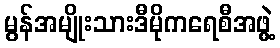
မွန်အမျိုးသားဒီမိုကရေစီအဖွဲ့